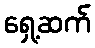
ရှေ့ဆက်